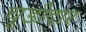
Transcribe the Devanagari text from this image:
चूडीदार